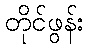
တိုင်ဖွန်း